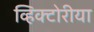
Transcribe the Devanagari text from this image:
व्हिक्टोरीया